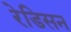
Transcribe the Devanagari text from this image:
रेडिसन